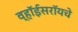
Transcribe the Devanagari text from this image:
व्हॉईसरॉयचे